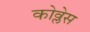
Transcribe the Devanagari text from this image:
कोव्लेस